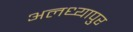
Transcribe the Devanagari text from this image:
अलध्यापुर